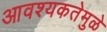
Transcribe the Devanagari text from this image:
आवश्यकतेमुळे